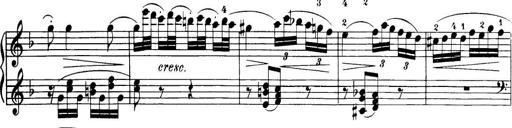
Title: 32 Sonatinas and Rondos for the Piano
Composer: Richard Kleinmichel